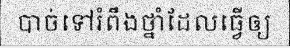
បាច់ទៅរំពឹងថ្នាំដែលធ្វើឲ្យ